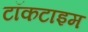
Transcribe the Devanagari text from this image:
टॉकटाइम